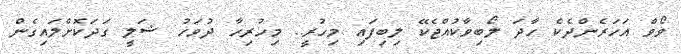
ވޯވް އަހަރެންދެކެ ހާދަ ލޯބިވާކުުއްޖެކޭ ލިބިފައި މިހުރީ.. މިހުރިހާ ދުވަހު ޝަލީ ގަދަކޮށްލައިގެން